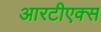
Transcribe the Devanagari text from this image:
आरटीएक्स